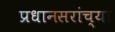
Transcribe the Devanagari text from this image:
प्रधानसरांच्या